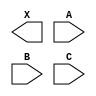
module sky130_fd_sc_hs__maj3 (
    X,
    A,
    B,
    C
);

    output X;
    input  A;
    input  B;
    input  C;

    // Voltage supply signals
    supply1 VPWR;
    supply0 VGND;

endmodule